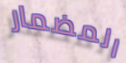
المضمار